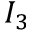
I _ { 3 }